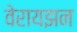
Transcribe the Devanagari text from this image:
वेरायझन